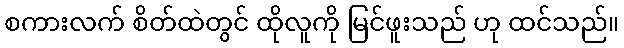
စကားလက် စိတ်ထဲတွင် ထိုလူကို မြင်ဖူးသည် ဟု ထင်သည်။